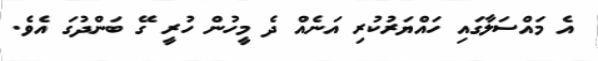
އެ މައްސަލާގައި ހައްޔަރުކުރި އަނެއް ދެ މީހުން ހުރީ ގޭ ބަންދުގަ އެވެ.